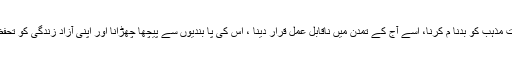
اس کا مقصد درحقیقت مذہب کو بدنا م کرنا، اسے آج کے تمدن میں ناقابل عمل قرار دینا ، اس کی پا بندیوں سے پیچھا چھڑانا اور اپنی آزاد زندگی کو تحفظ فراہم کرنا ہوتا ہے۔